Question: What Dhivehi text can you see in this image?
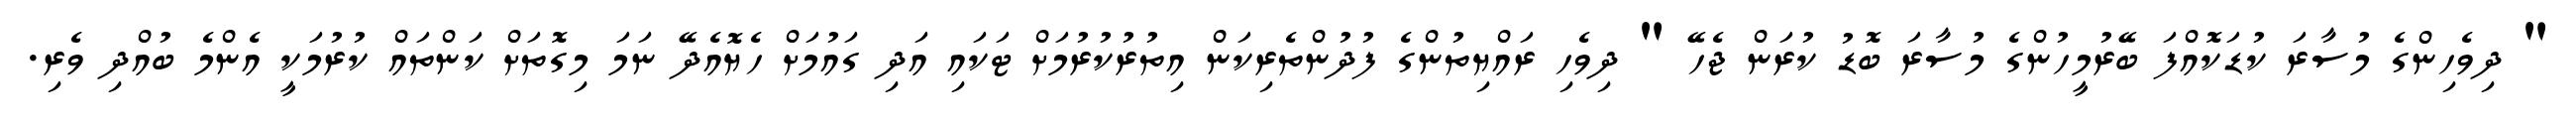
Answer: " ދިވެހިންގެ މުސާރަ ކުޑަކޮއްފަ ބޭރުމީހުންގެ މުސާރަ ބޮޑު ކުރަން ޖެހޭ " ދިވެހި ރައްޔިތުންގެ ފުދުންތެރިކަން އިތުރުކުރުމަށް ޓަކައި އަދި ގައުމަށް ހެޔޮއެދޭ ނަމަ މިގޮތަށް ކަންތައް ކުރުމަކީ އެންމެ ބުއްދި ވެރި.